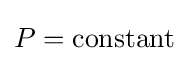
P=\mathrm {constant}